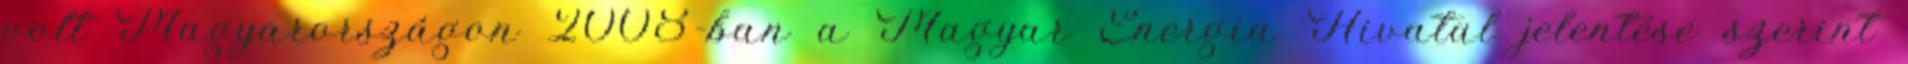
volt Magyarországon 2008-ban a Magyar Energia Hivatal jelentése szerint